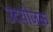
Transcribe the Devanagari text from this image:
उदयोजक